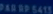
up of cats